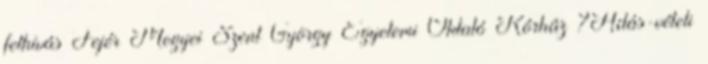
felhívás Fejér Megyei Szent György Egyetemi Oktató Kórház ?Adás-vételi